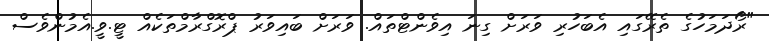
"ރޯދަމަހުގެ ތެރޭގައި އެބަހުރި ވަރަށް ގިނަ އިވެންޓްތައް. ވަރަށް ބައިވަރު ޕްރޮގްރާމްތަކެއް ޓީ.ވީ.އެމުންވެސް